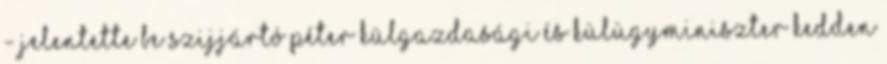
- jelentette be Szijjártó Péter külgazdasági és külügyminiszter kedden